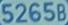
52658